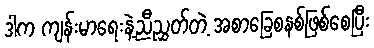
ဒါက ကျန်းမာရေးနဲ့ညီညွှတ်တဲ့ အစာခြေစနစ်ဖြစ်စေပြီး